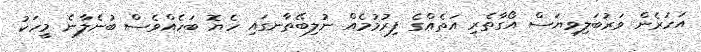
އަހަރެން ވަރުބަލިވިޔަސް އޯގާތެރި އަތެއްގެ ފިރުމުމެއް ނުލިބޭތާނގައި ހެޔޮ ބަހެއްވެސް ބުނެލާނެ މީހަކު